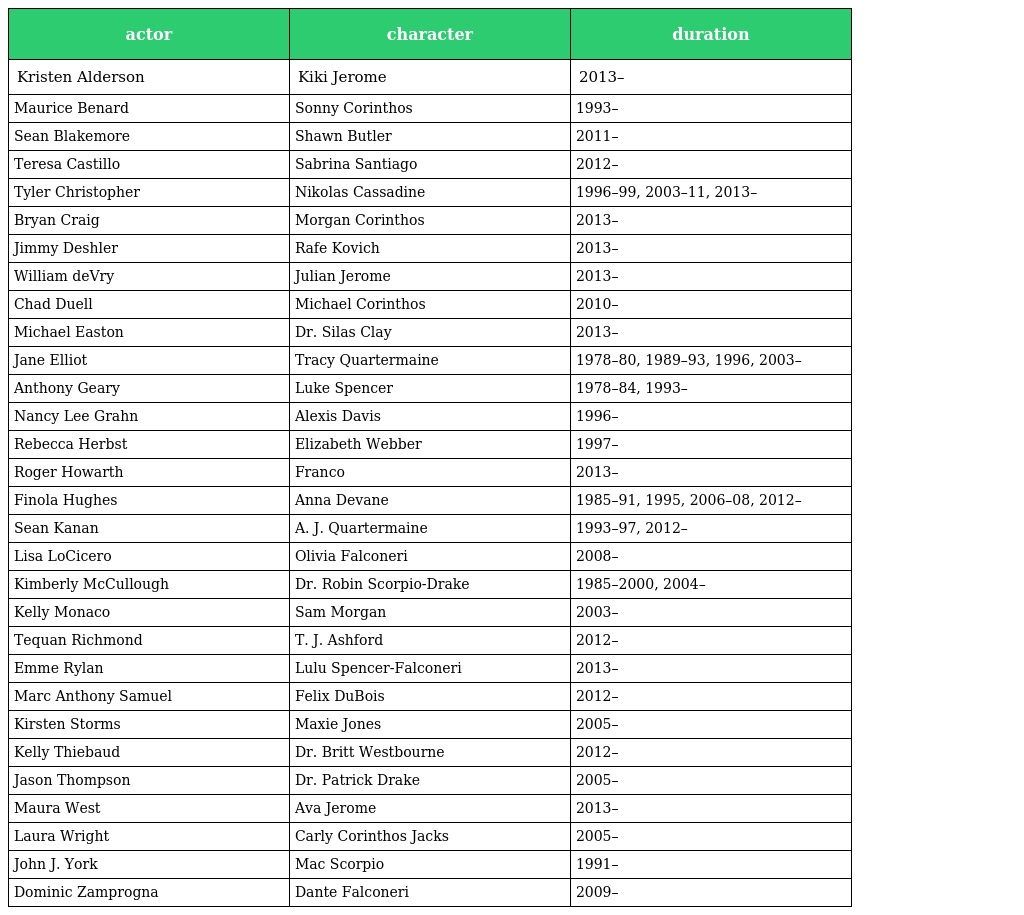
| actor | character | duration |
 | --- | --- | --- |
 | Kristen Alderson | Kiki Jerome | 2013– |
 | Maurice Benard | Sonny Corinthos | 1993– |
 | Sean Blakemore | Shawn Butler | 2011– |
 | Teresa Castillo | Sabrina Santiago | 2012– |
 | Tyler Christopher | Nikolas Cassadine | 1996–99, 2003–11, 2013– |
 | Bryan Craig | Morgan Corinthos | 2013– |
 | Jimmy Deshler | Rafe Kovich | 2013– |
 | William deVry | Julian Jerome | 2013– |
 | Chad Duell | Michael Corinthos | 2010– |
 | Michael Easton | Dr. Silas Clay | 2013– |
 | Jane Elliot | Tracy Quartermaine | 1978–80, 1989–93, 1996, 2003– |
 | Anthony Geary | Luke Spencer | 1978–84, 1993– |
 | Nancy Lee Grahn | Alexis Davis | 1996– |
 | Rebecca Herbst | Elizabeth Webber | 1997– |
 | Roger Howarth | Franco | 2013– |
 | Finola Hughes | Anna Devane | 1985–91, 1995, 2006–08, 2012– |
 | Sean Kanan | A. J. Quartermaine | 1993–97, 2012– |
 | Lisa LoCicero | Olivia Falconeri | 2008– |
 | Kimberly McCullough | Dr. Robin Scorpio-Drake | 1985–2000, 2004– |
 | Kelly Monaco | Sam Morgan | 2003– |
 | Tequan Richmond | T. J. Ashford | 2012– |
 | Emme Rylan | Lulu Spencer-Falconeri | 2013– |
 | Marc Anthony Samuel | Felix DuBois | 2012– |
 | Kirsten Storms | Maxie Jones | 2005– |
 | Kelly Thiebaud | Dr. Britt Westbourne | 2012– |
 | Jason Thompson | Dr. Patrick Drake | 2005– |
 | Maura West | Ava Jerome | 2013– |
 | Laura Wright | Carly Corinthos Jacks | 2005– |
 | John J. York | Mac Scorpio | 1991– |
 | Dominic Zamprogna | Dante Falconeri | 2009– |